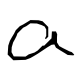
Text: a
Cross-out: clean
Writing tool: digital_black